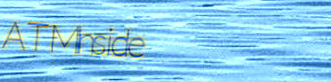
ATMInside